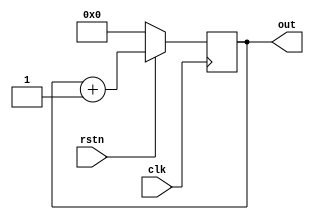
/* Digital Counter used in PE_control
    to count total cycles to completion of all the
    psums of the PE

    It has a negative reset
*/

module counter2 (   clk,               // To count for completion and total work 4*S*P*Q cycles
                    rstn,
                    out);

  // This always block will be triggered at the falling edge of clk (0->1)
  // Once inside this block, it checks if the reset is 0, if yes then change out to zero
  // If reset is 1, then design should be allowed to count up, so increment counter

  output reg[9:0] out = 9'b000000000;
  input clk;
  input rstn;
  always @ (negedge clk) begin
    if (! rstn)
      out <= 0;
    else
      out <= out + 1;
  end

endmodule